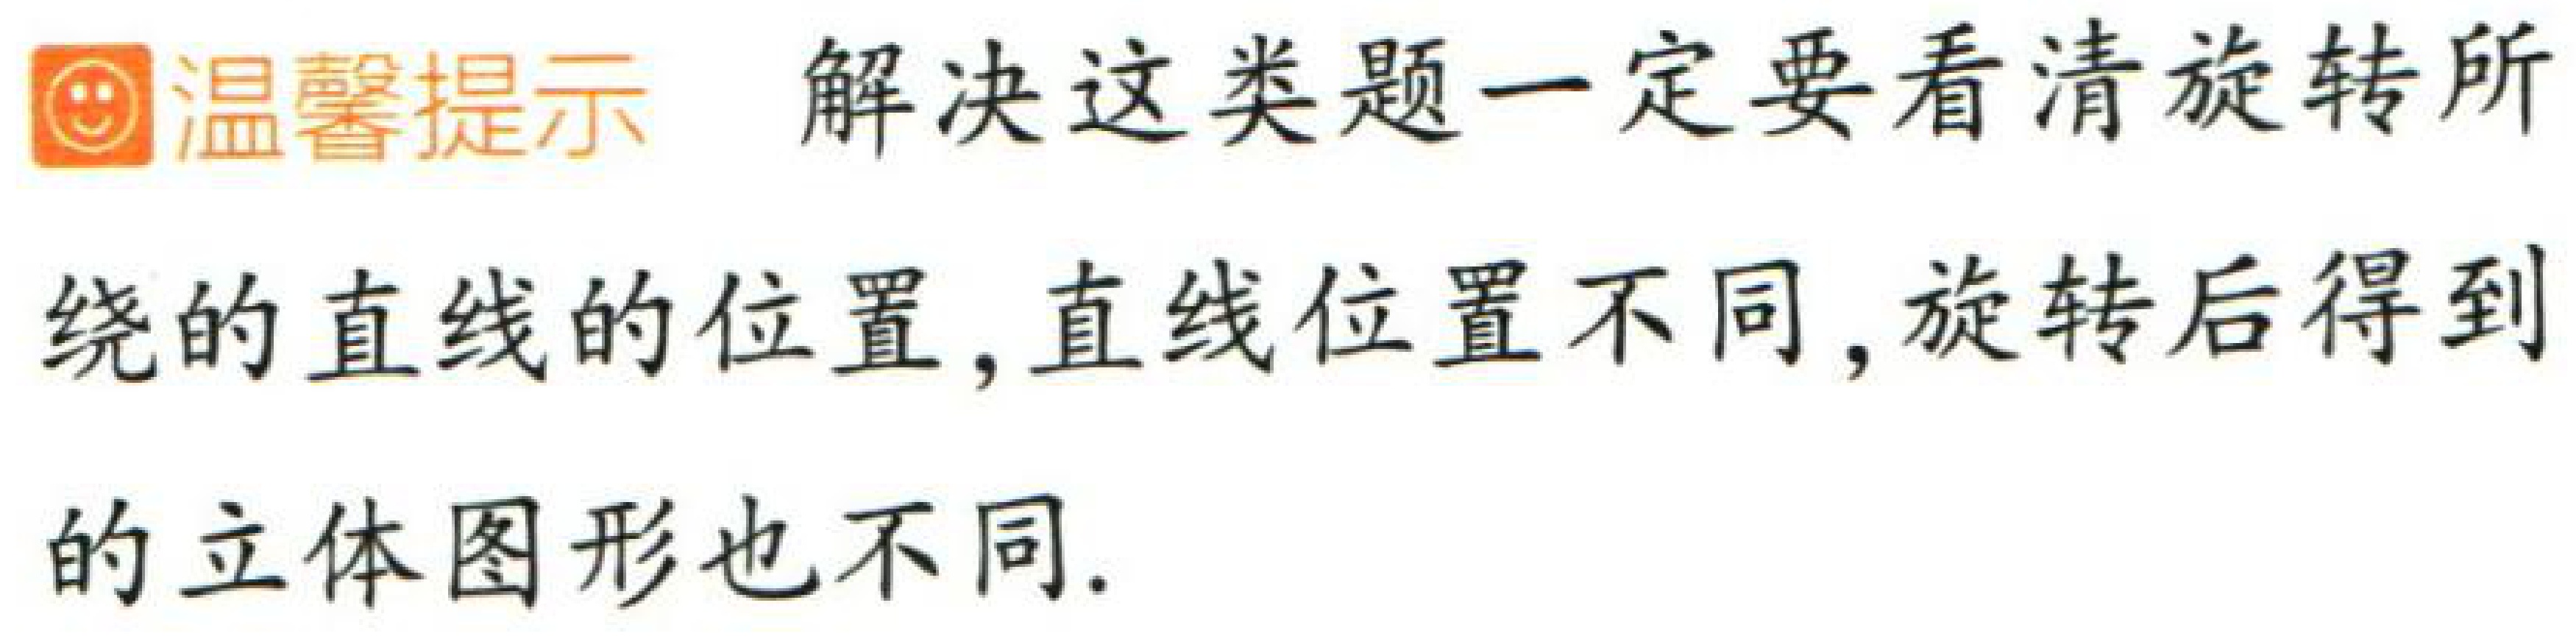
温馨提示 解决这类题一定要看清旋转所绕的直线的位置, 直线位置不同, 旋转后得到的立体图形也不同.